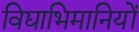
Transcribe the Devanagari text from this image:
विद्याभिमानियों